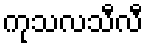
ကုသလသီလီ